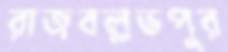
রাজবল্লভপুর